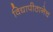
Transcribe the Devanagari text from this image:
विद्यापीठानेच